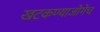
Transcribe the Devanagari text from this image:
खटकण्याजोगेच